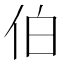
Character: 伯